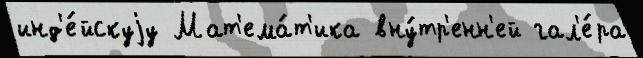
инд'е́йскуjу Мат'ема́т'ика вну́тр'енн'ей гал'е́ра